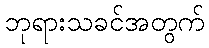
ဘုရားသခင်အတွက်